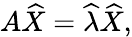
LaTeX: A\widehat{X}=\widehat{\lambda}\widehat{X},